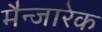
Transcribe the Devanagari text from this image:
मैन्जारेक